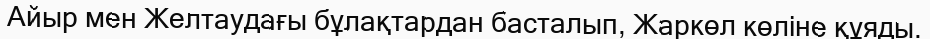
Айыр мен Желтаудағы бұлақтардан басталып, Жаркөл көліне құяды.